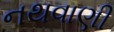
નથવાણી